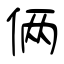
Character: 俩